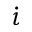
\dot { \iota }